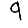
Digit: 9